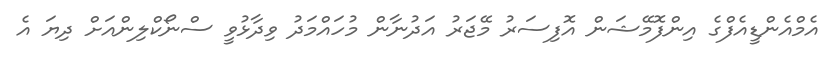
އެމްއެންޑީއެފްގެ އިންފޮމޭޝަން އޮފިސަރު މޭޖަރު އަދުނާން މުހައްމަދު ވިދާޅުވީ ސްނޯކްލިންއަށް ދިޔަ އެ